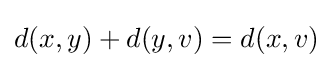
d(x,y)+d(y,v)=d(x,v)